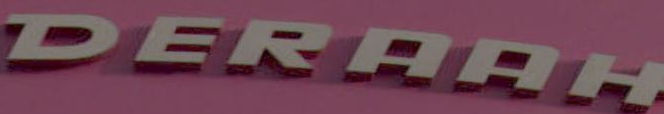
DERAAH